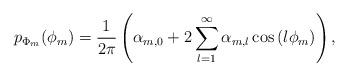
LaTeX: \begin{align*}p_{\Phi_m}(\phi_m)=\frac{1}{2\pi}\left(\alpha_{m,0}+2\sum_{l=1}^{\infty}\alpha_{m,l}\cos\left(l\phi_m\right)\right),\end{align*}